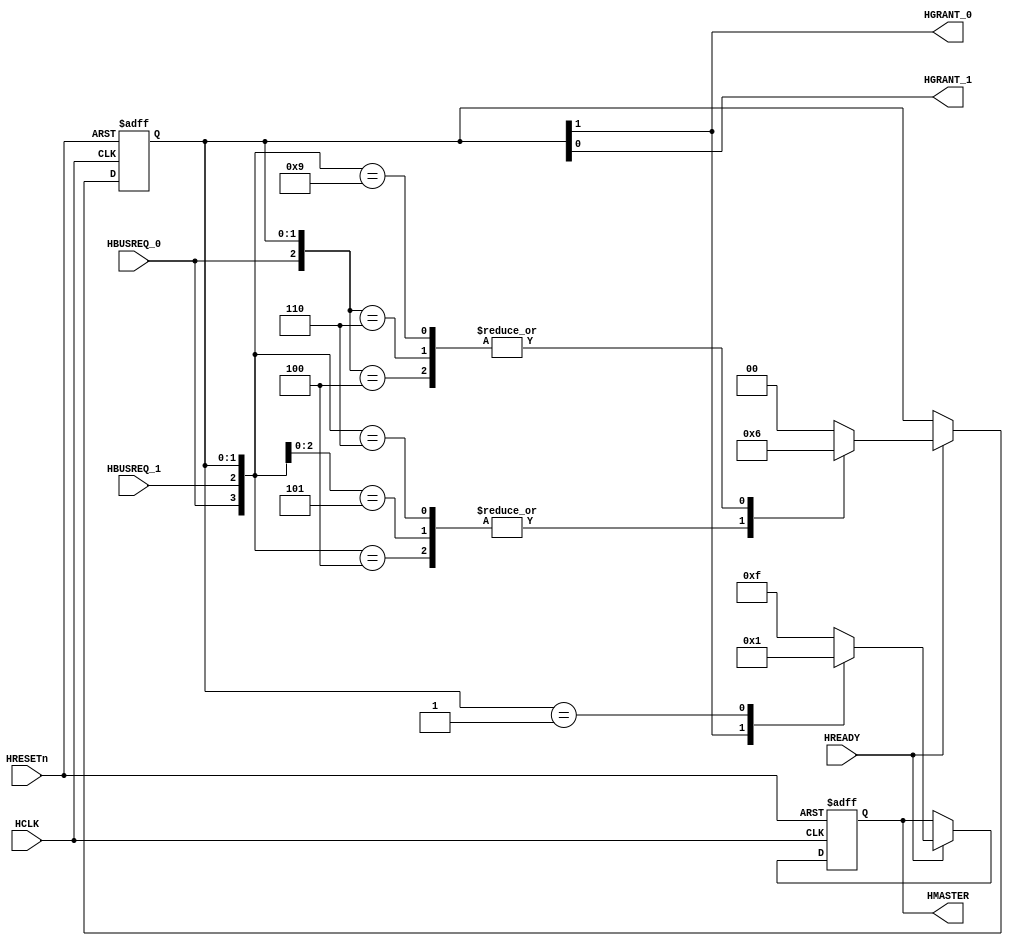
`ifndef AHB_ARBITER_M2_V
`define AHB_ARBITER_M2_V
/*********************************************************
 * Copyright (c) 2010 by Ando Ki.
 * All right reserved.
 *
 * http://www.dynalith.com
 * adki@dynalith.com
 *********************************************************/
/* A simplified arbiter for AMBA AHB
 *
 */
`timescale 1ns/1ns

module ahb_arbiter_m2 #(parameter P_NUM = 2) // the number of masters
(
       input   wire       HRESETn
     , input   wire       HCLK
     , input   wire       HREADY
     , input   wire       HBUSREQ_0
     , input   wire       HBUSREQ_1
     , output  wire       HGRANT_0
     , output  wire       HGRANT_1
     , output  reg  [3:0] HMASTER
);
    //---------------------------------------------
    wire [0:1] hbusreq = {HBUSREQ_0,HBUSREQ_1};
    reg  [0:1] hgrant;
    assign {HGRANT_0, HGRANT_1} = hgrant;
    //---------------------------------------------
    always @ (posedge HCLK or negedge HRESETn) begin
       if (HRESETn==1'b0) hgrant <= 4'h0;
       else begin
            if (HREADY==1'b1) begin
               casex ({hbusreq,hgrant})
                   // priority
                   4'b1x_00: hgrant <= 2'b10;
                   4'b01_00: hgrant <= 2'b01;
                   // stay
                   4'b1x_10: hgrant <= 2'b10;
                   4'bx1_01: hgrant <= 2'b01;
                   // last
                   4'b00_xx: hgrant <= 2'b00;
                   // last and handover
                   4'b01_10: hgrant <= 2'b01;
                   4'b00_10: hgrant <= 2'b00;
                   4'b10_01: hgrant <= 2'b10;
                   4'b00_01: hgrant <= 2'b00;
                   default : hgrant <= 2'b00;
               endcase
            end
       end
    end
    always @ (posedge HCLK or negedge HRESETn)
    begin
        if (HRESETn==1'b0) begin
            HMASTER <= 4'hF;
        end else begin
            if (HREADY==1'b1) begin
               casex (hgrant)
                   2'b1x:   HMASTER <= #1 4'h0;
                   2'b01:   HMASTER <= #1 4'h1;
                   default: HMASTER <= #1 4'hF;
               endcase
            end
        end
    end

// synopsys translate_off
`ifdef RIGOR
   wire [1:0] _hgrant = {HGRANT_0, HGRANT_1};
   always @ (posedge HCLK) begin
      if ((_hgrant!=2'b01)&&
	  (_hgrant!=2'b10)&&
	  (_hgrant!=2'b00))
          $display($time,, "%m ERROR: more than one has been granted! 0x%x", _hgrant);
   end
`endif
// synopsys translate_on
endmodule
//********************************************************
// Revision history
//
// Dec. 08, 2008:
//      'hgrant' should be changed when HREADY is 1.
// May  05, 2008:
//      'hgrant' has been modified to reflect hand-over cases.
//********************************************************
`endif